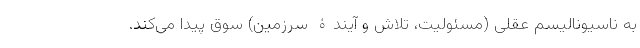
به ناسیونالیسم عقلی (مسئولیت، تلاش و آیندۀ سرزمین) سوق پیدا می­کند.